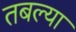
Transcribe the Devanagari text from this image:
तबल्या